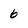
Character: 6